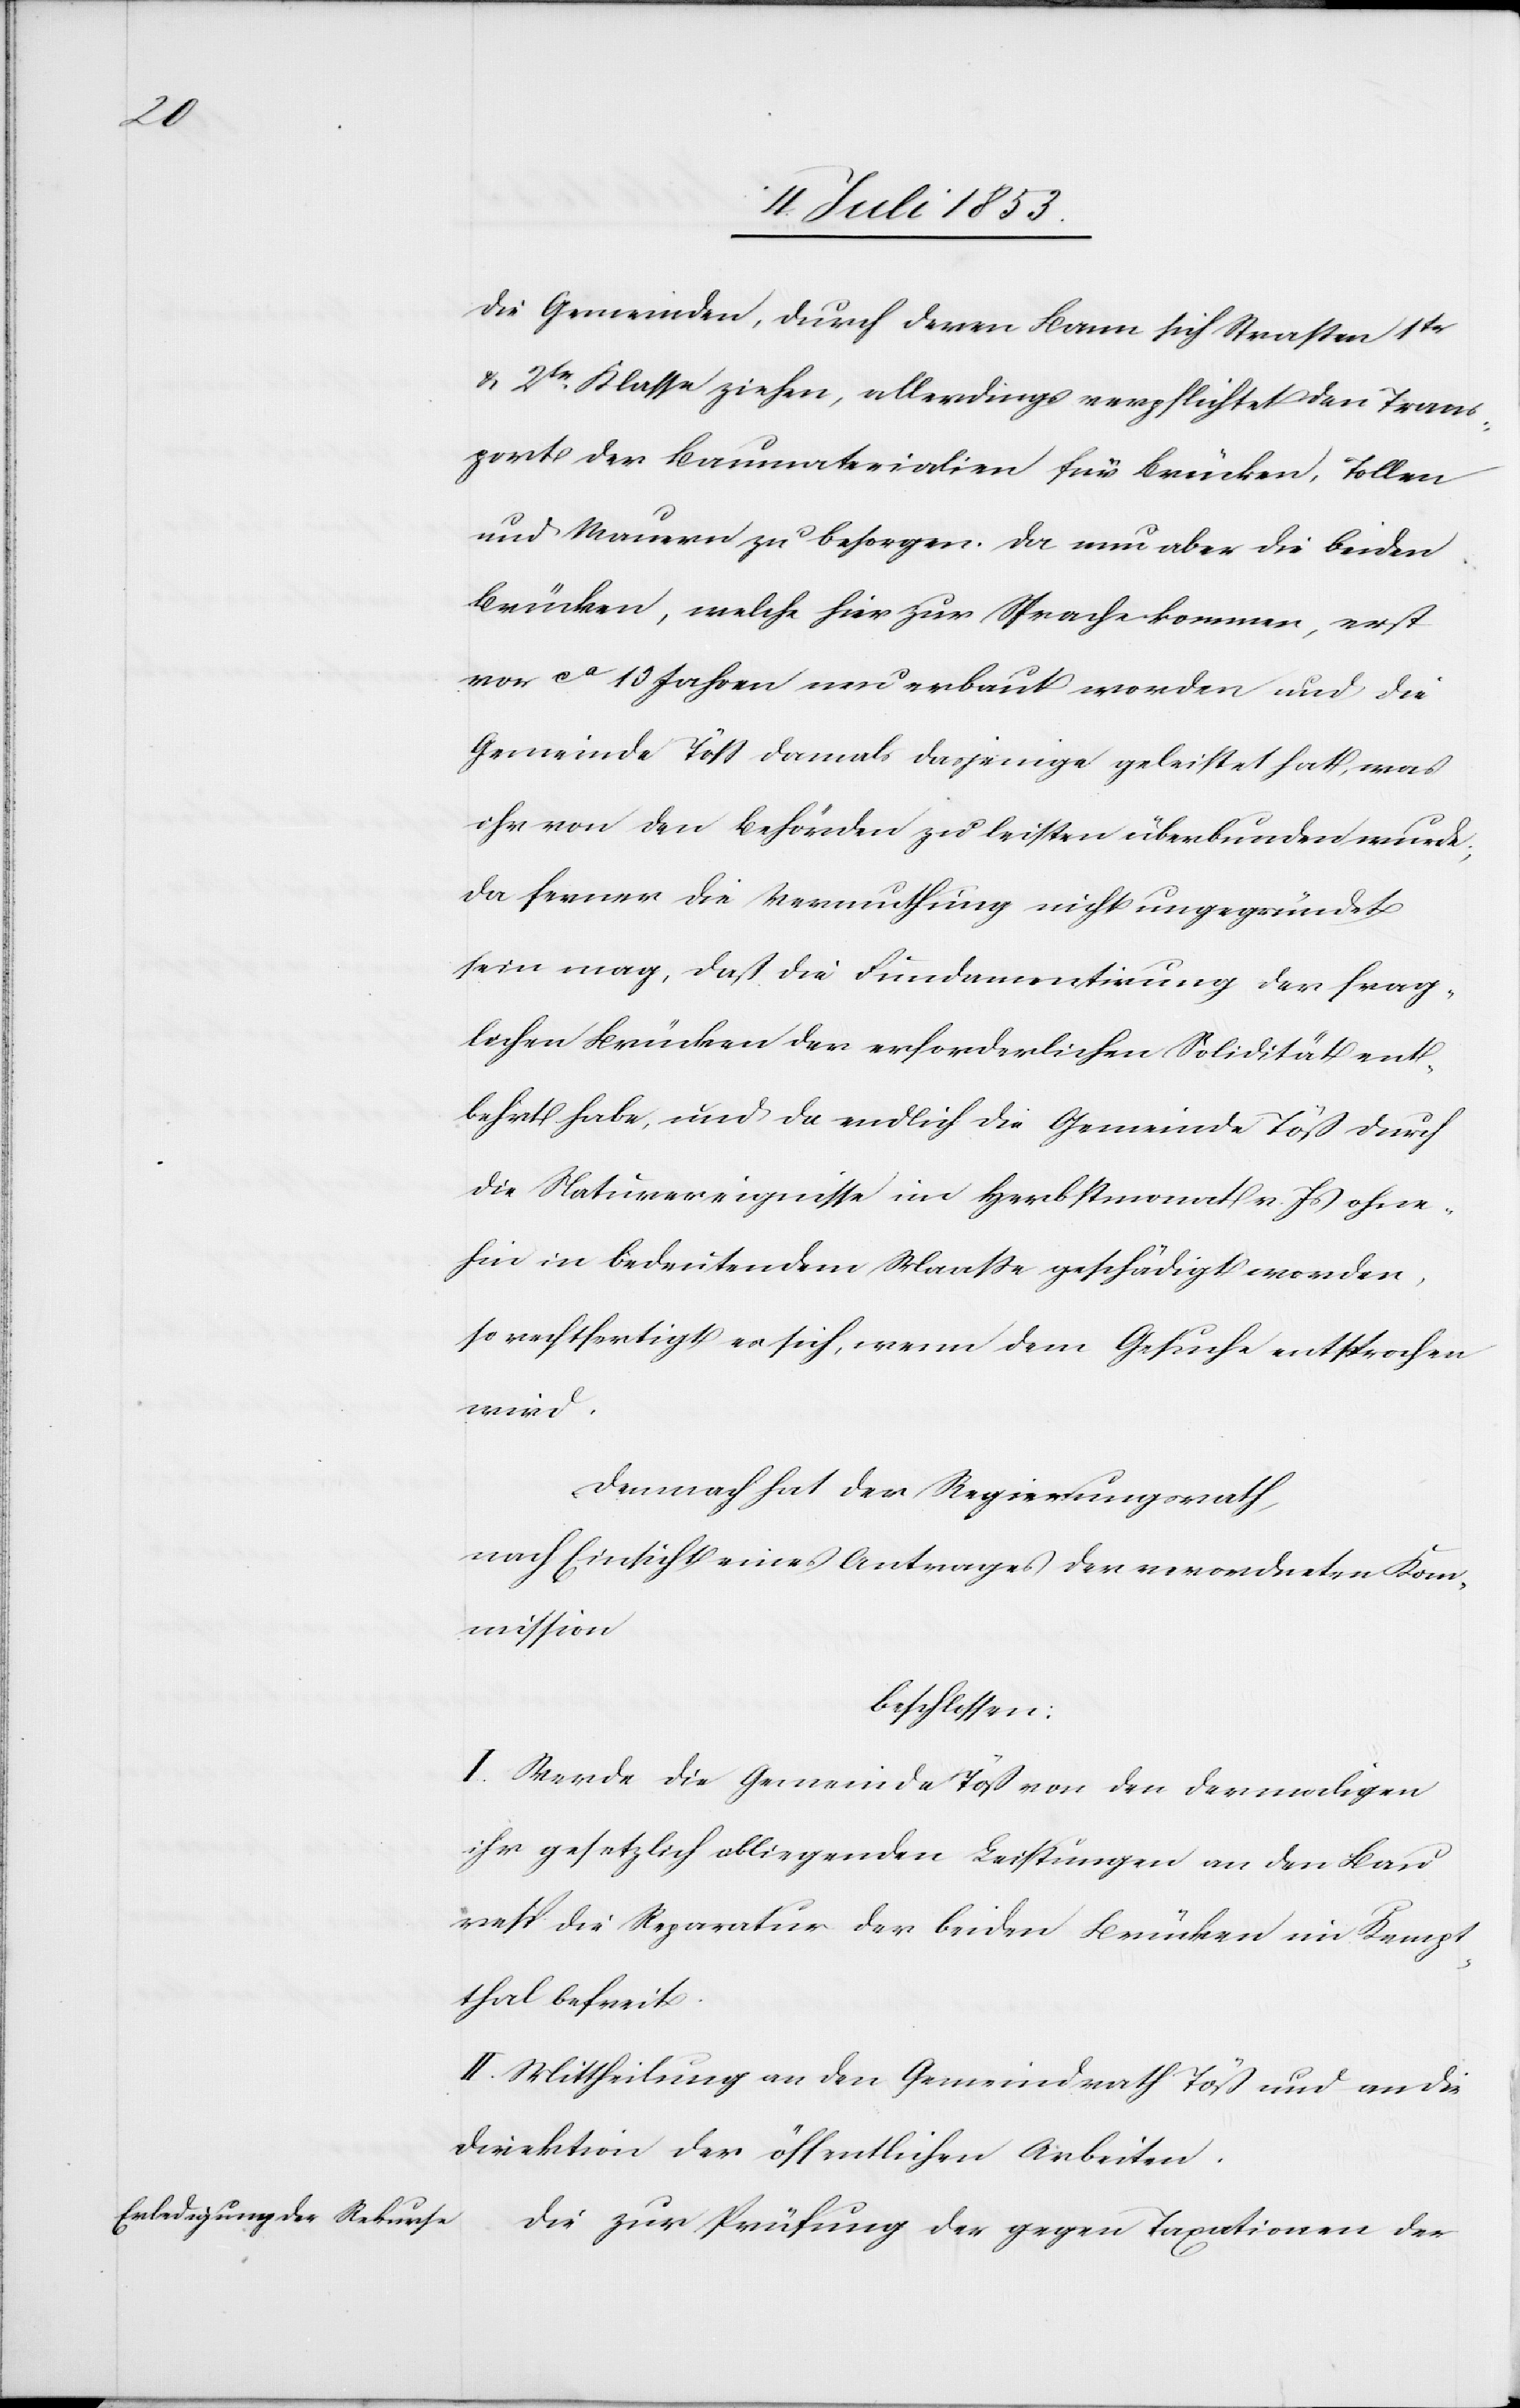
die Gemeinden, durch deren Bann sich Strassen 1tr
u. 2tr Klasse ziehen, allerdings verpflichtet den Trans¬
port der Baumaterialien für Brücken, Tollen
und Mauern zu besorgen. Da nun aber die beiden
Brücken, welche hier zur Sprache kommen, erst
vor ca 10 Jahren neu erbaut worden und die
Gemeinde Töß damals dasjenige geleistet hat, was
ihr von den Behörden zu leisten überbunden wurde,
da ferner die Vermuthung nicht ungegründet
sein mag, daß die Fundamentirung der frag¬
lichen Brücken der erforderlichen Solidität ent¬
behrt habe, und da endlich die Gemeinde Töß durch
die Naturereignisse im Herbstmonat v. Js. ohne¬
hin in bedeutendem Maaße geschädigt worden,
so rechtfertigt es sich, wenn dem Gesuche entsprochen
wird.
Demnach hat der Regierungsrath,
nach Einsicht eines Antrages der verordneten Kom¬
mission
beschlossen:
I. Werde die Gemeinde Töß von den damaligen
ihr gesetzlich obliegenden Leistungen an den Bau
resp. die Reparatur der beiden Brücken im Kempt¬
thal befreit.
II. Mittheilung an den Gemeindrath Töß und an die
Direktion der öffentlichen Arbeiten.
Die zur Prüfung der gegen Taxationen der